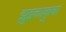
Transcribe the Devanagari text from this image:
झुइकाकुचा